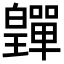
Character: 𤾺